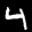
Label: 4